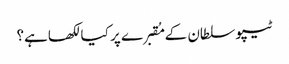
ٹیپو سلطان کے مُقبرے پر کیا لکھاہے؟